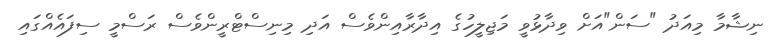
ނިޝާމާ މިއަދު "ސަން"އަށް ވިދާޅުވީ މަޖިލީހުގެ އިދާރާއިންވެސް އަދި މިނިސްޓްރީންވެސް ރަސްމީ ސިފައެއްގައި